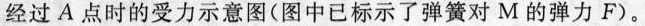
经过A点时的受力示意图(图中已标示了弹簧对M的弹力F)。